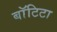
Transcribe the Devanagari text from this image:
बाॅटिटा